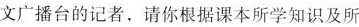
文广播台的记者，请你根据课本所学知识及所